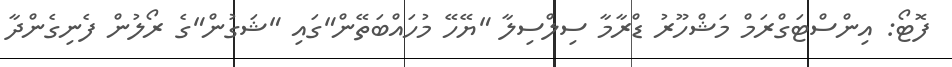
ފޮޓޯ: އިންސްޓަގްރަމް މަޝްހޫރު ޑްރާމާ ސިލްސިލާ "ޔޭހޭ މުހައްބަތޭން"ގައި "ޝަގުން"ގެ ރޯލުން ފެނިގެންދާ